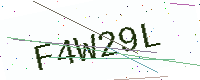
Text: F4W29L